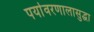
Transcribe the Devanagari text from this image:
पर्यावरणालासुद्धा